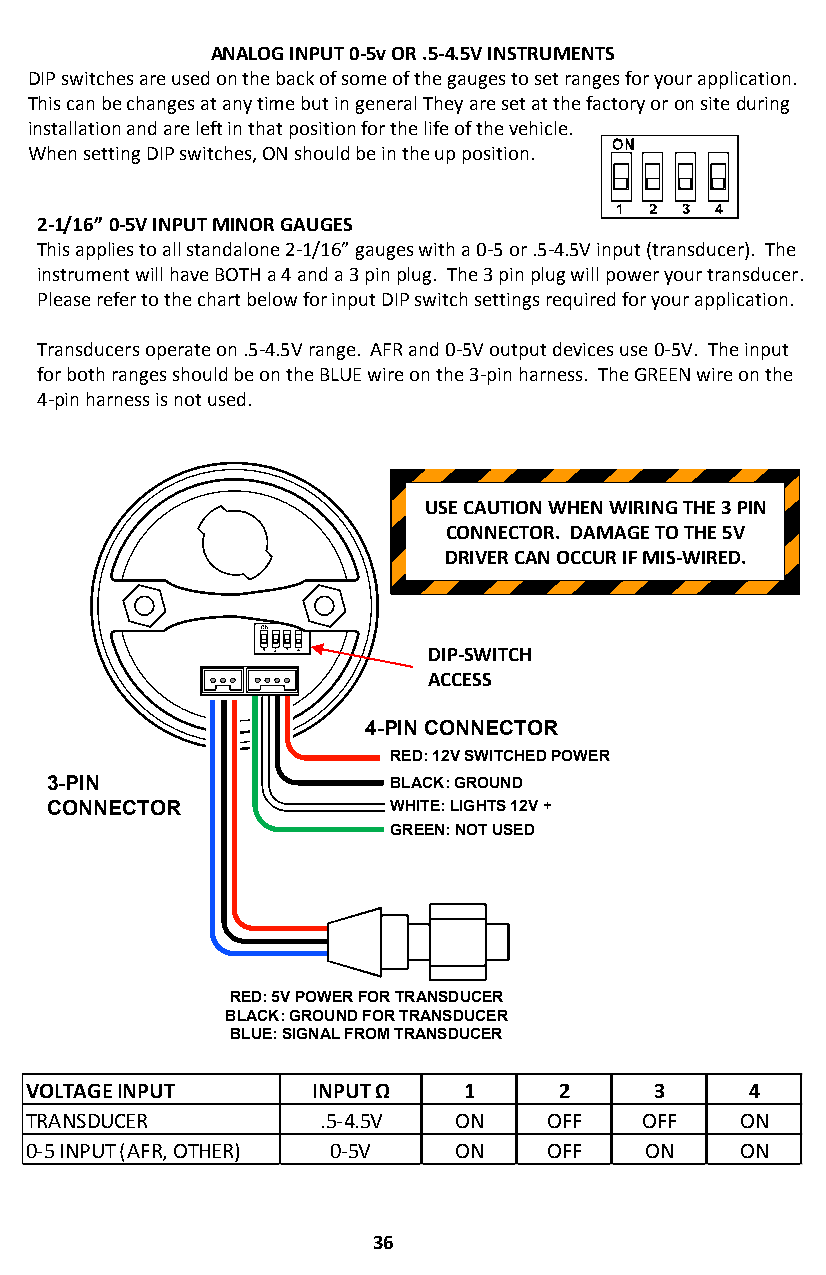
ANALOG INPUT 0-5v OR .5-4.5V INSTRUMENTS
 DIP switches are used on the back of some of the gauges to set ranges for your application.
 This can be changes at any time but in general They are set at the factory or on siteduring
 installation and are left in that position for the life of the vehicle.
 When setting DIP switches, ON should be in the up position.
 2-1/16” 0-5V INPUT MINOR GAUGES
 This applies to all standalone 2-1/16” gauges with a 0-5 or .5-4.5V input (transducer). The
 instrument will have BOTH a 4 and a 3 pinplug. The 3 pinplug will power your transducer.
 Please refer to the chart below for input DIP switch settings required for your application.
 Transducers operate on .5-4.5V range. AFR and 0-5V output devices use 0-5V. The input
 for both ranges should be on the BLUE wire on the 3-pin harness. The GREEN wire on the
 4-pin harness is not used.
 USE CAUTION WHEN WIRING THE 3 PIN
 CONNECTOR. DAMAGE TO THE 5V
 DRIVER CAN OCCUR IF MIS-WIRED.
 DIP-SWITCH
 ACCESS
 4-PIN CONNECTOR
 RED: 12V SWITCHED POWER
 3-PIN                  BLACK: GROUND
 CONNECTOR              WHITE: LIGHTS 12V +
 GREEN: NOT USED
 RED: 5V POWER FOR TRANSDUCER
 BLACK: GROUND FOR TRANSDUCER
 BLUE: SIGNAL FROM TRANSDUCER
 VOLTAGEINPUT       INPUTΩ    1     2     3      4
 TRANSDUCER         .5-4.5V  ON    OFF   OFF    ON
 0-5INPUT(AFR,OTHER) 0-5V    ON    OFF    ON    ON
 36